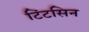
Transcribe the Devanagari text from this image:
टिंटसिन